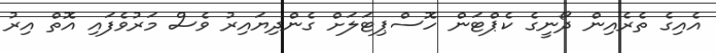
އެއިގެ ތެރެއިން ދޯނީގެ ކެޕްޓަން ހޮސްޕިޓަލަށް ގެންދިޔައިރު ވެސް މަރުވެފައި އޮތް އިރު